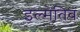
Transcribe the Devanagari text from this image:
इल्मेतिब